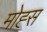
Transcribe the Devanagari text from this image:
मोह्स